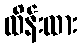
ထိန်းထား